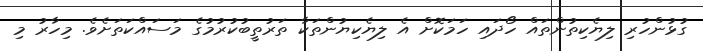
ގުޅުންހުރި ލިޔެކިތުންތައް ހޯދައި ހަމަކޮށް އެ ލިޔެކިޔުންތަކާ ތަރުތީބުކުރުމުގެ މަސައްކަތަށެވެ. މިހާރު މި